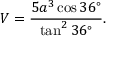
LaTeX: V = { \frac { 5 a ^ { 3 } \cos 3 6 ^ { \circ } } { \tan ^ { 2 } { 3 6 ^ { \circ } } } } .